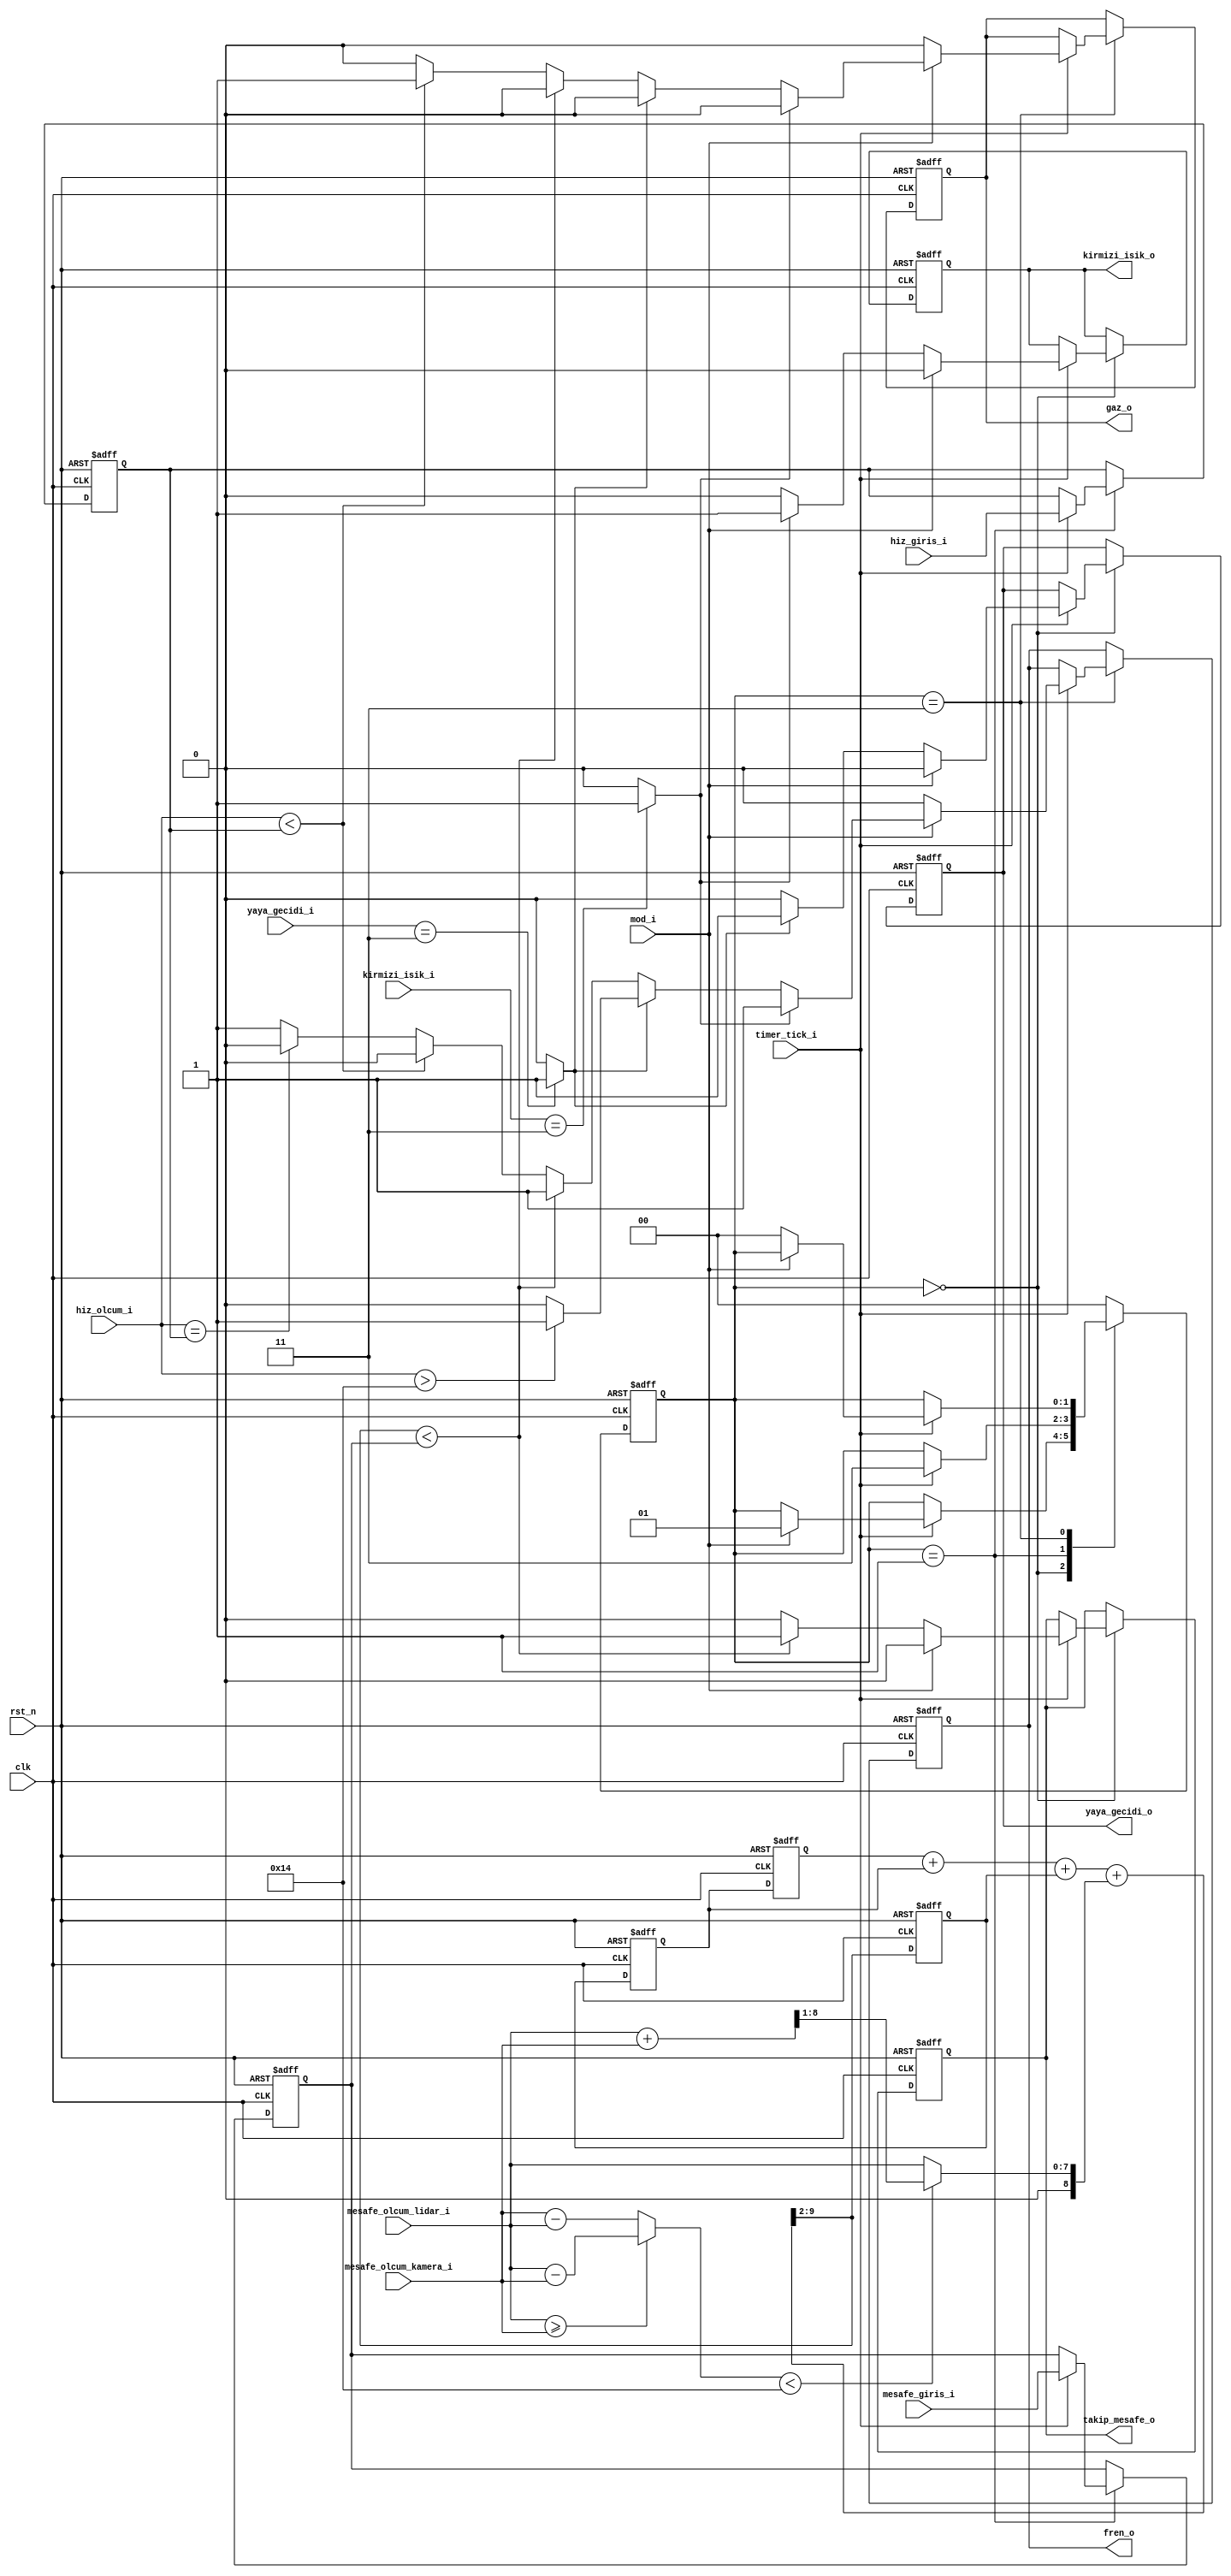
// This program was cloned from: https://github.com/mbaykenar/digital-logic-design
// License: Apache License 2.0

`timescale 1ns / 1ps
//////////////////////////////////////////////////////////////////////////////////
// Company: 
// Engineer: 
// 
// Design Name: 
// Module Name: fsm_adas
// Project Name: 
// Target Devices: 
// Tool Versions: 
// Description: 
// 
// Dependencies: 
// 
// Revision:
// Revision 0.01 - File Created
// Additional Comments:
// 
//////////////////////////////////////////////////////////////////////////////////


module fsm_adas
(
input clk,
input rst_n,
input timer_tick_i,                 // her 1 ms'de 1 kez '1' olur
input mod_i,                        // 1'b0 -> assistance 1'b1 otonom
input [1:0] kirmizi_isik_i,         // (1) lidar, (0) kamera
input [1:0] yaya_gecidi_i,          // (1) lidar, (0) kamera
input [7:0] mesafe_olcum_lidar_i,   // lidar ondeki arac olcumu (metre)
input [7:0] mesafe_olcum_kamera_i,  // kamera ondeki arac olcumu (metre)
input [7:0] mesafe_giris_i,         // otonom mod icin arac takip mesafe girdisi
input [7:0] hiz_olcum_i,            // aracin hz olcum (km/s)
input [7:0] hiz_giris_i,            // otonom mod icin arac hiz girdisi
output gaz_o,                       // otonom mod icin gaza bas
output fren_o,                      // otonom mod icin frene bas
output kirmizi_isik_o,              // assistance mod icin uyari
output yaya_gecidi_o,               // assistance mod icin uyari
output takip_mesafe_o               // assistance mod icin uyari
);

// Gray encoding for FSM regs
localparam ASSISTANCE   = 2'b00;
localparam TRANSITION   = 2'b01;
localparam OTONOM       = 2'b11;

localparam ON   = 1'b1;
localparam OFF  = 1'b0;

integer i;

// registers
reg [7:0] olcum_buffer [0:2];
reg [1:0] state;
reg [7:0] takip_mesafe_kaydedilen;
reg [7:0] hiz_kaydedilen;

// comb signals
reg kirmizi_isik_var;
reg yaya_gecidi_var;
reg [7:0] mesafe_fark;
reg [8:0] yeni_mesafe_olcum;    // saga kaydirma nedeniyle 1 bit fazla
reg [9:0] olcum_ortalama;       // saga kaydirma nedeniyle 2 bit fazla

// for output signals
reg gaz, fren, kirmizi_isik, yaya_gecidi, takip_mesafe;

always @(*) begin
    
    kirmizi_isik_var = 1'b0;
    if (kirmizi_isik_i == 2'b11) begin
        kirmizi_isik_var = 1'b1;
    end

    yaya_gecidi_var = 1'b0;
    if (yaya_gecidi_i == 2'b11) begin
        yaya_gecidi_var = 1'b1;
    end

    if (mesafe_olcum_lidar_i >= mesafe_olcum_kamera_i) begin
        mesafe_fark = mesafe_olcum_lidar_i - mesafe_olcum_kamera_i;
    end
    else begin
        mesafe_fark = mesafe_olcum_kamera_i - mesafe_olcum_lidar_i;
    end

    if (mesafe_fark < 20) begin
        yeni_mesafe_olcum = (mesafe_olcum_lidar_i + mesafe_olcum_kamera_i) >> 1;
    end
    else begin
        yeni_mesafe_olcum = mesafe_olcum_lidar_i;
    end
    
    olcum_ortalama = (olcum_buffer[2] + olcum_buffer[1] + olcum_buffer[0] + yeni_mesafe_olcum) >> 2;

end

always @(posedge clk, negedge rst_n) begin
    if (rst_n == 1'b0) begin
        state                   <= ASSISTANCE;
        gaz                     <= 1'b0;     
        fren                    <= 1'b0;        
        kirmizi_isik            <= 1'b0;
        yaya_gecidi             <= 1'b0;
        takip_mesafe            <= 1'b0;
        takip_mesafe_kaydedilen <= 50;
        hiz_kaydedilen          <= 100;
        for (i = 0; i < 3 ; i=i+1) begin
            olcum_buffer[i]     <= {8{1'b0}};
        end
    end
    else begin

        olcum_buffer[2] <= olcum_buffer[1];
        olcum_buffer[1] <= olcum_buffer[0];
        olcum_buffer[0] <= olcum_ortalama;

        case (state)

            ASSISTANCE : begin
                if (timer_tick_i == 1'b1) begin
                    
                    if (kirmizi_isik_var == 1'b1) begin
                        kirmizi_isik    <= ON;
                    end
                    else begin
                        kirmizi_isik    <= OFF;
                    end

                    if (yaya_gecidi_var == 1'b1) begin
                        yaya_gecidi     <= ON;
                    end
                    else begin
                        yaya_gecidi     <= OFF;
                    end

                    if (olcum_ortalama < takip_mesafe_kaydedilen) begin
                        takip_mesafe    <= ON;
                    end
                    else begin
                        takip_mesafe    <= OFF;
                    end

                    if (mod_i == 1'b1) begin
                        kirmizi_isik    <= OFF;
                        yaya_gecidi     <= OFF;
                        takip_mesafe    <= OFF;
                        state           <= TRANSITION;                        
                    end

                end
            end 

            TRANSITION : begin
                if (timer_tick_i == 1'b1) begin
                    takip_mesafe_kaydedilen <= mesafe_giris_i;
                    hiz_kaydedilen          <= hiz_giris_i;
                    state                   <= OTONOM;
                end
            end

            OTONOM : begin
                if (timer_tick_i == 1'b1) begin

                    if (mod_i == 1'b0) begin
                        fren    <= OFF;
                        gaz     <= OFF;
                        state   <= ASSISTANCE;
                    end
                    else begin

                        if (olcum_ortalama < takip_mesafe_kaydedilen) begin
                            fren    <= ON;
                            gaz     <= OFF;                            
                        end
                        else begin
                            if (hiz_olcum_i < hiz_kaydedilen) begin
                                fren    <= OFF;
                                gaz     <= ON;
                            end
                            else if (hiz_olcum_i == hiz_kaydedilen) begin
                                fren    <= OFF;
                                gaz     <= OFF;                                
                            end
                            else begin
                                fren    <= ON;
                                gaz     <= OFF;                               
                            end
                        end

                        if (yaya_gecidi_var == 1'b1) begin
                            if (hiz_olcum_i > 20) begin
                                fren    <= ON;
                                gaz     <= OFF;                                
                            end
                            else begin
                                fren    <= OFF;
                                gaz     <= OFF;                                 
                            end
                        end                        

                        if (kirmizi_isik_var == 1'b1) begin
                            fren    <= ON;
                            gaz     <= OFF;
                        end

                    end

                end
            end

            default: begin
                state <= ASSISTANCE;
            end

        endcase        
    end
end

// output signal assignments
assign gaz_o            = gaz;         
assign fren_o           = fren;        
assign kirmizi_isik_o   = kirmizi_isik;
assign yaya_gecidi_o    = yaya_gecidi; 
assign takip_mesafe_o   = takip_mesafe; 

endmodule